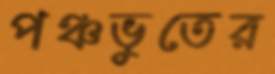
পঞ্চভুতের